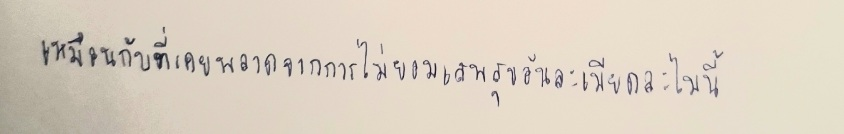
เหมือนกับที่เคยพลาดจากการไม่ยอมเสพสุขอันละเมียดละไมนี้